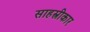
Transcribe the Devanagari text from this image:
साहस्त्रीकार